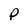
Character: P